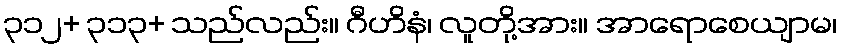
၃၁၂+ ၃၁၃+ သည်လည်း။ ဂီဟိနံ၊ လူတို့အား။ အာရောစေယျာမ၊